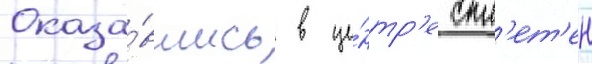
Оказа́вшись в це́нтр'е спл'ет'ен